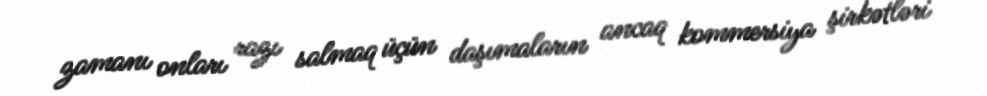
zamanı onları razı salmaq üçün daşımaların ancaq kommersiya şirkətləri